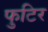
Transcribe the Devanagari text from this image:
फुटिर